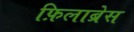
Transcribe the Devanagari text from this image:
फ़िलाब्रेस